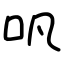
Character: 㕨